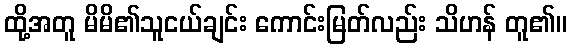
ထို့အတူ မိမိ၏သူငယ်ချင်း ကောင်းမြတ်လည်း သိဟန် တူ၏။